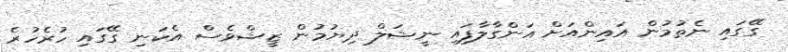
ގޭގައި ނެތުމުން އައިންއަށް އަންގާލާފައި ނީޝަލް ދިޔުމުން ޒީޝްވެސް އެކަނި ގޭގައި ހުރެހުރެ